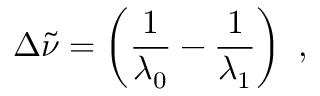
\Delta { \tilde { \nu } } = \left( { \frac { 1 } { \lambda _ { 0 } } } - { \frac { 1 } { \lambda _ { 1 } } } \right) \ ,